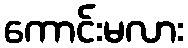
ကောင်းမလား